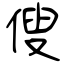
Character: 傁